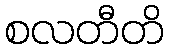
စလတီတိ